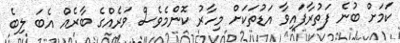
ކަމަށް ބުނެ ފަތުރާފައިވާ އަޑުތަކަށް މިހާރު ކޮންމެވެސް ވަރެއްގެ ބާރެއް އެބަ ލިބެ